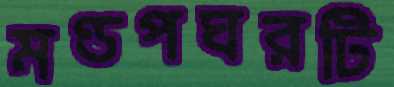
মণ্ডপঘরটি